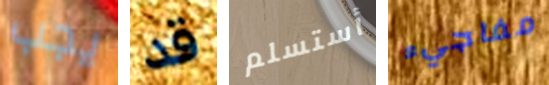
يجب قد أستسلم مفاجيء